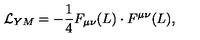
{ \cal L } _ { Y M } = - \frac { 1 } { 4 } F _ { \mu \nu } ( L ) \cdot F ^ { \mu \nu } ( L ) ,